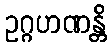
ဥဂ္ဂဟဏန္တိ